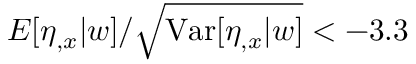
E [ \eta _ { , x } | w ] / \sqrt { \mathrm { V a r } [ \eta _ { , x } | w ] } < - 3 . 3